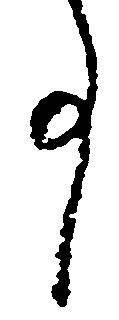
事